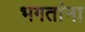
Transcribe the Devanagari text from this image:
भगतांना